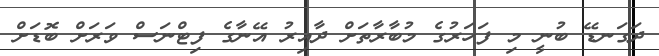
ދަގަނޑޭ ބުނީ މި ފަހަރުގެ މުބާރާތަށް ދާއިރު އޭނާގެ ފިޓްނަސް ވަރަށް ބޮޑަށް